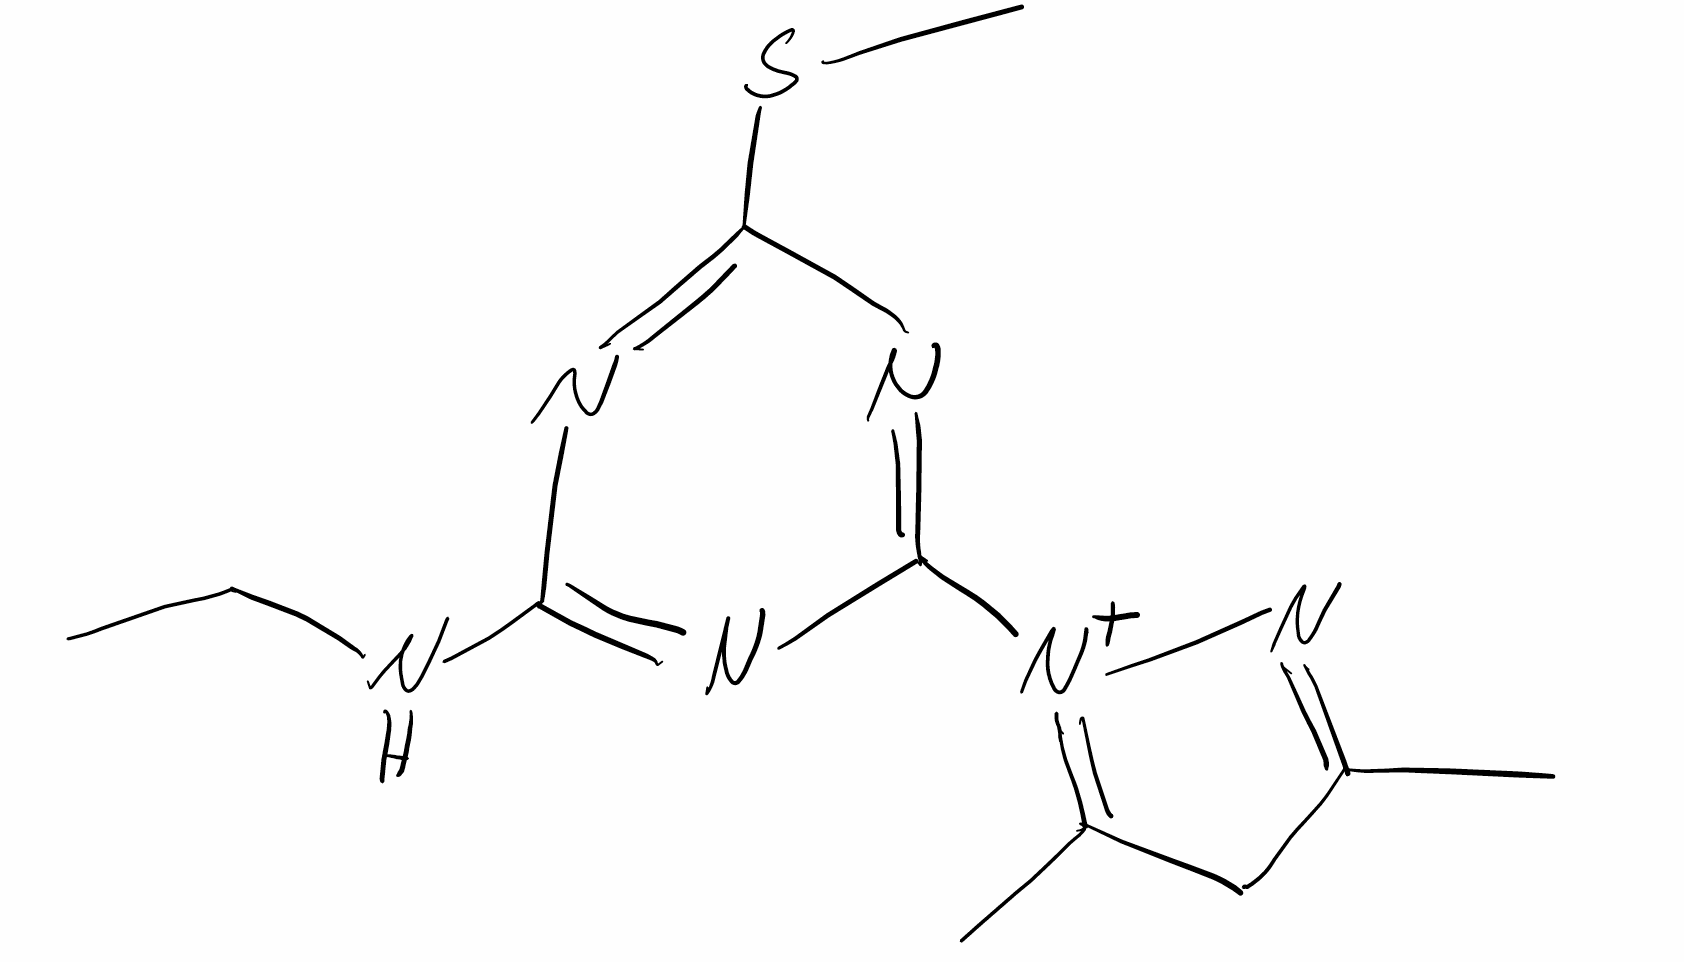
Simplified molecular-input line-entry system (SMILES) notation of the given molecule:
CCNC1=NC(=NC(=N1)SC)[N+]2=C(CC(=N2)C)C